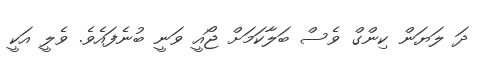
ދަ ލަޔަން ކިންގް ވެސް ބަލާކަމަށް ޖޯއީ ވަނީ ބުނެފައެވެ. ވެލީ އަކީ